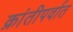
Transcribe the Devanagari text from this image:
क्रांतीपर्वात